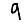
Digit: 9